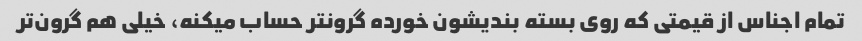
تمام اجناس از قیمتی که روی بسته بندیشون خورده گرونتر حساب میکنه، خیلی هم گرون‌تر